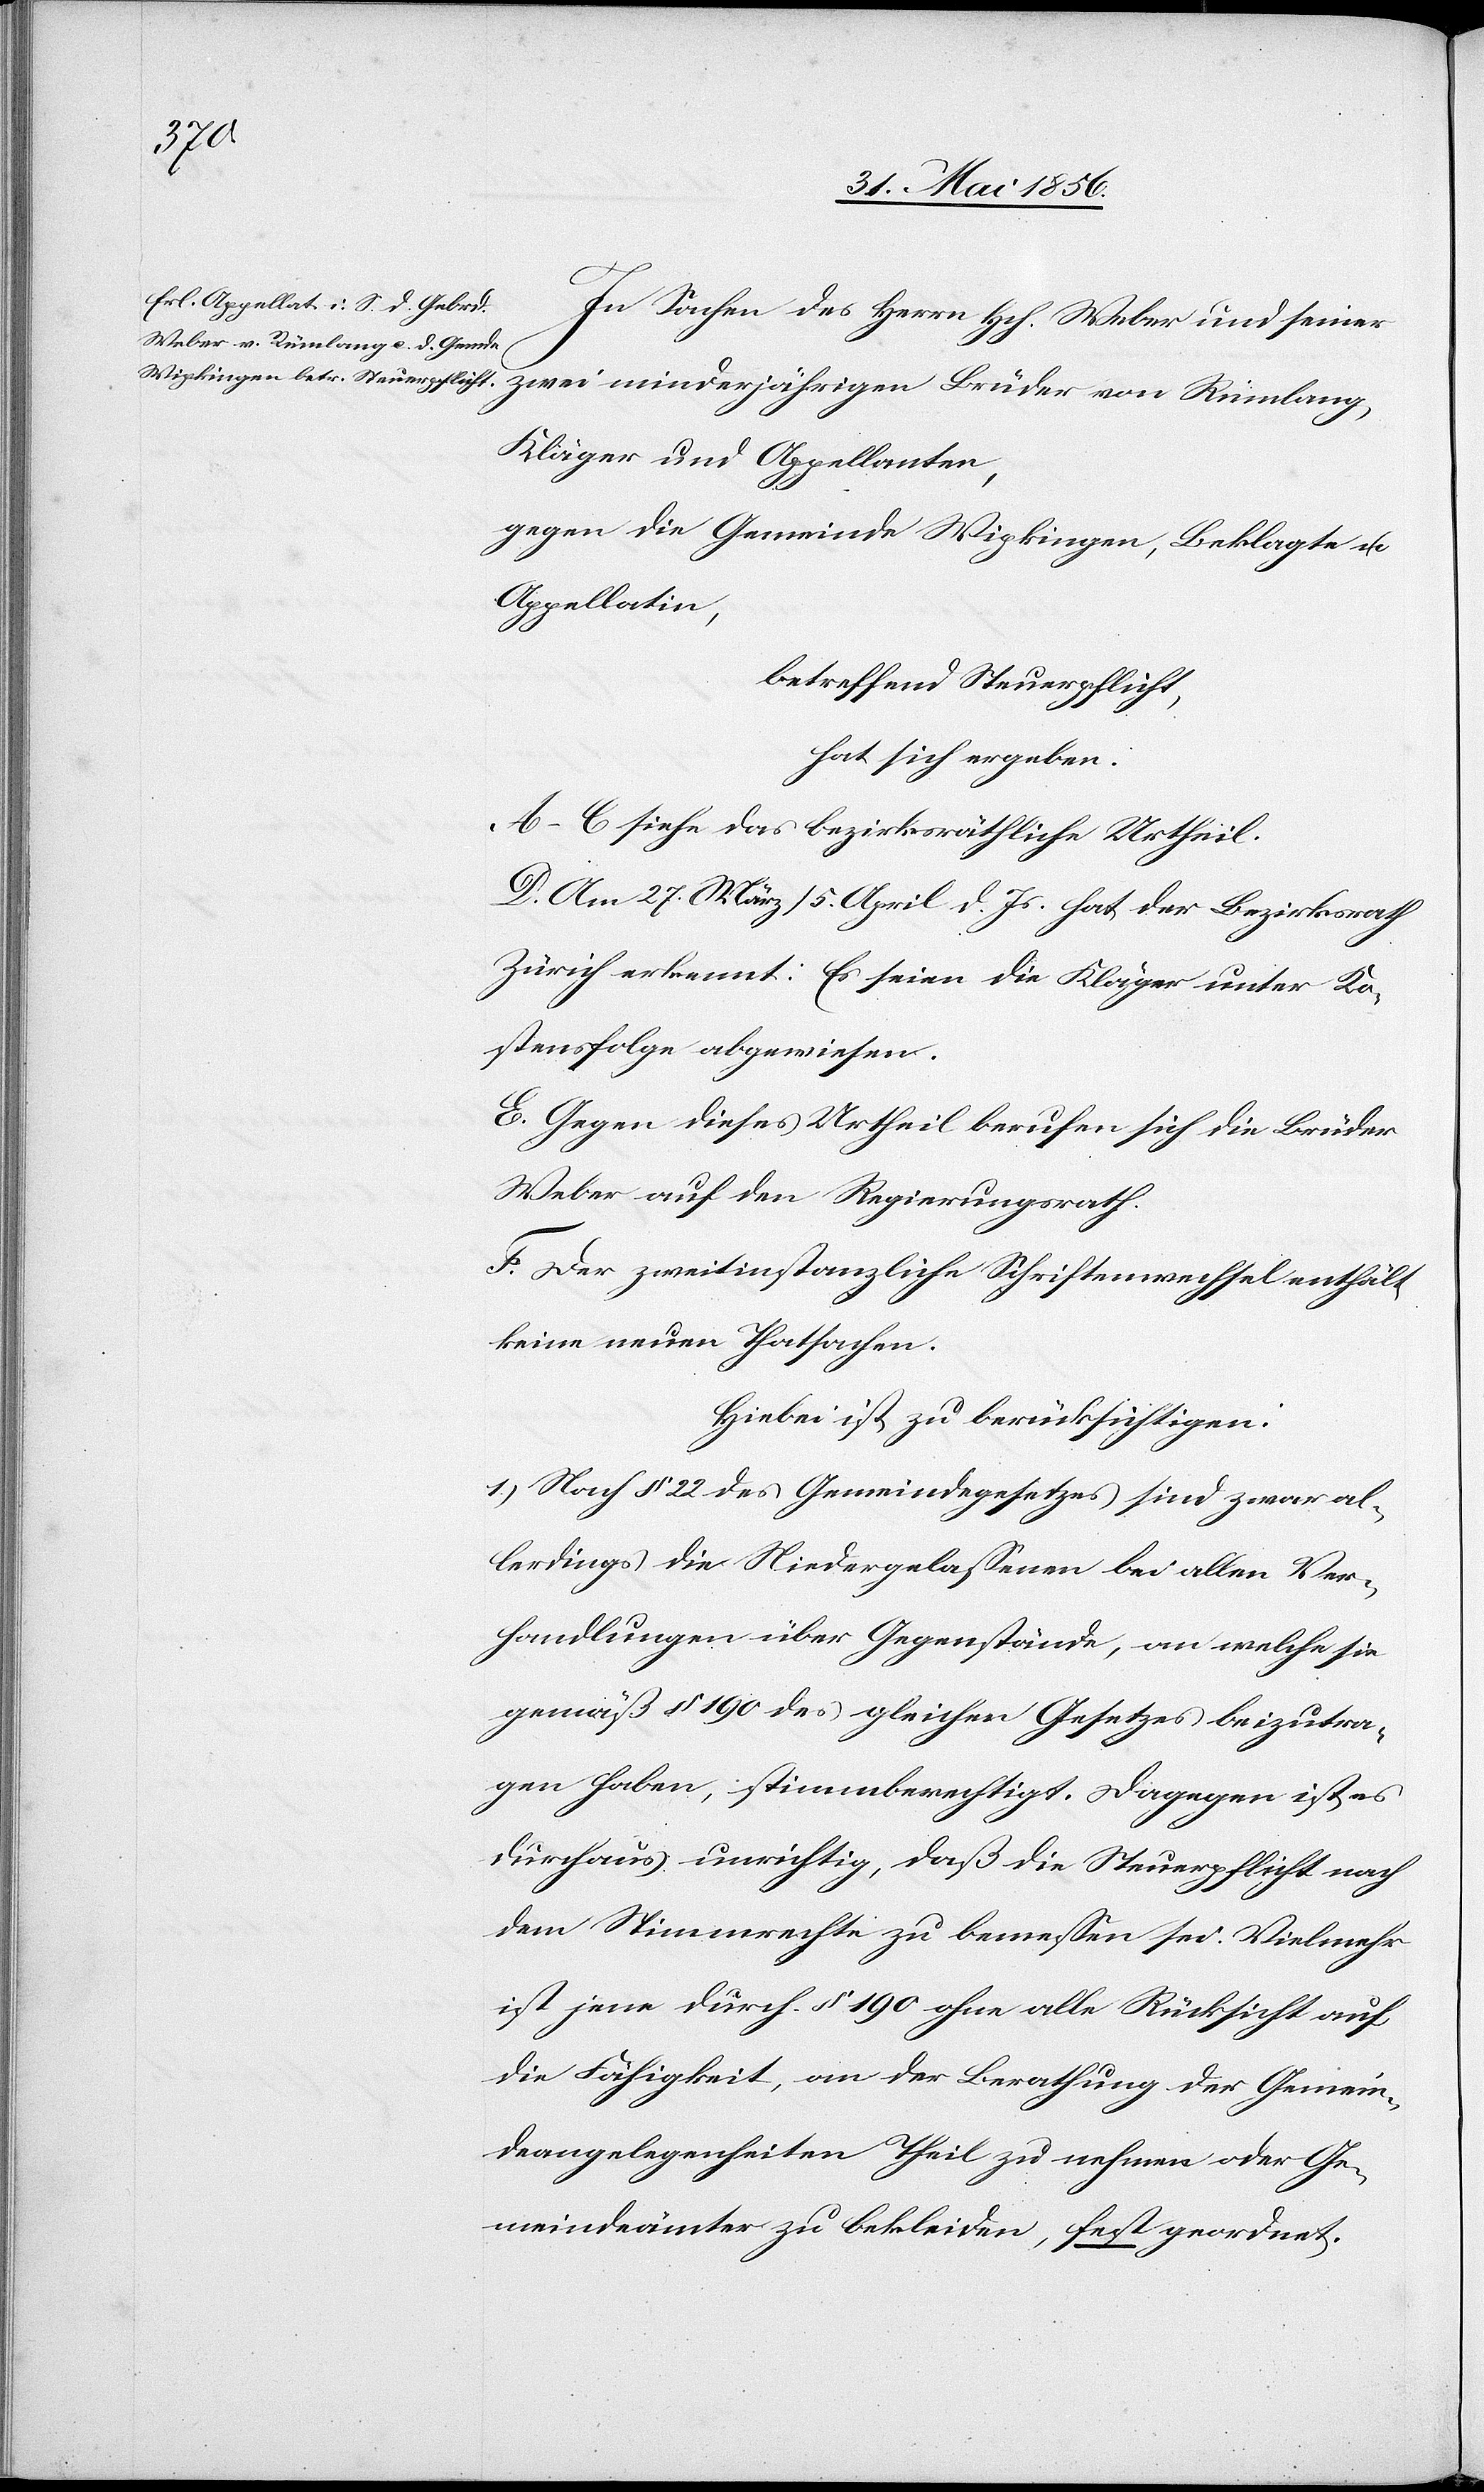
In Sachen des Herrn Hch. Weber und seiner
zwei minderjährigen Brüder von Rümlang,
Kläger und Appellanten,
gegen die Gemeinde Wipkingen, Beklagte u.
Appellatin,
betreffend Steuerpflicht,
hat sich ergeben:
A–C. siehe das bezirksräthliche Urtheil.
D. Am 27. März/5. April d. Js. hat der Bezirksrath
Zürich erkennt: Es seien die Kläger unter Ko¬
stensfolge abgewiesen.
E. Gegen dieses Urtheil berufen sich die Brüder
Weber auf den Regierungsrath.
F. Der zweitinstanzliche Schriftenwechsel enthält
keine neuen Thatsachen.
Hiebei ist zu berücksichtigen:
1.) Nach § 22 des Gemeindegesetzes sind zwar al¬
lerdings die Niedergelassenen bei allen Ver¬
handlungen über Gegenstände, an welche sie
gemäß § 190 des gleichen Gesetzes beizutra¬
gen haben, stimmberechtigt. Dagegen ist es
durchaus unrichtig, daß die Steuerpflicht nach
dem Stimmrechte zu bemessen sei. Vielmehr
ist jene durch § 190 ohne alle Rücksicht auf
die Fähigkeit, an der Berathung der Gemein¬
deangelegenheiten Theil zu nehmen oder Ge¬
meindeämter zu bekleiden, fest geordnet.